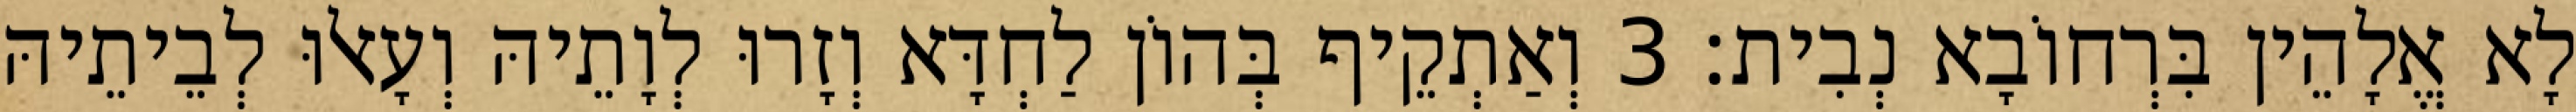
לָא אֱלָהֵין בִּרְחוֹבָא נְבִית׃ 3 וְאַתְקֵיף בְּהוֹן לַחְדָּא וְזָרוּ לְוָתֵיהּ וְעָאלוּ לְבֵיתֵיהּ